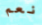
نعم